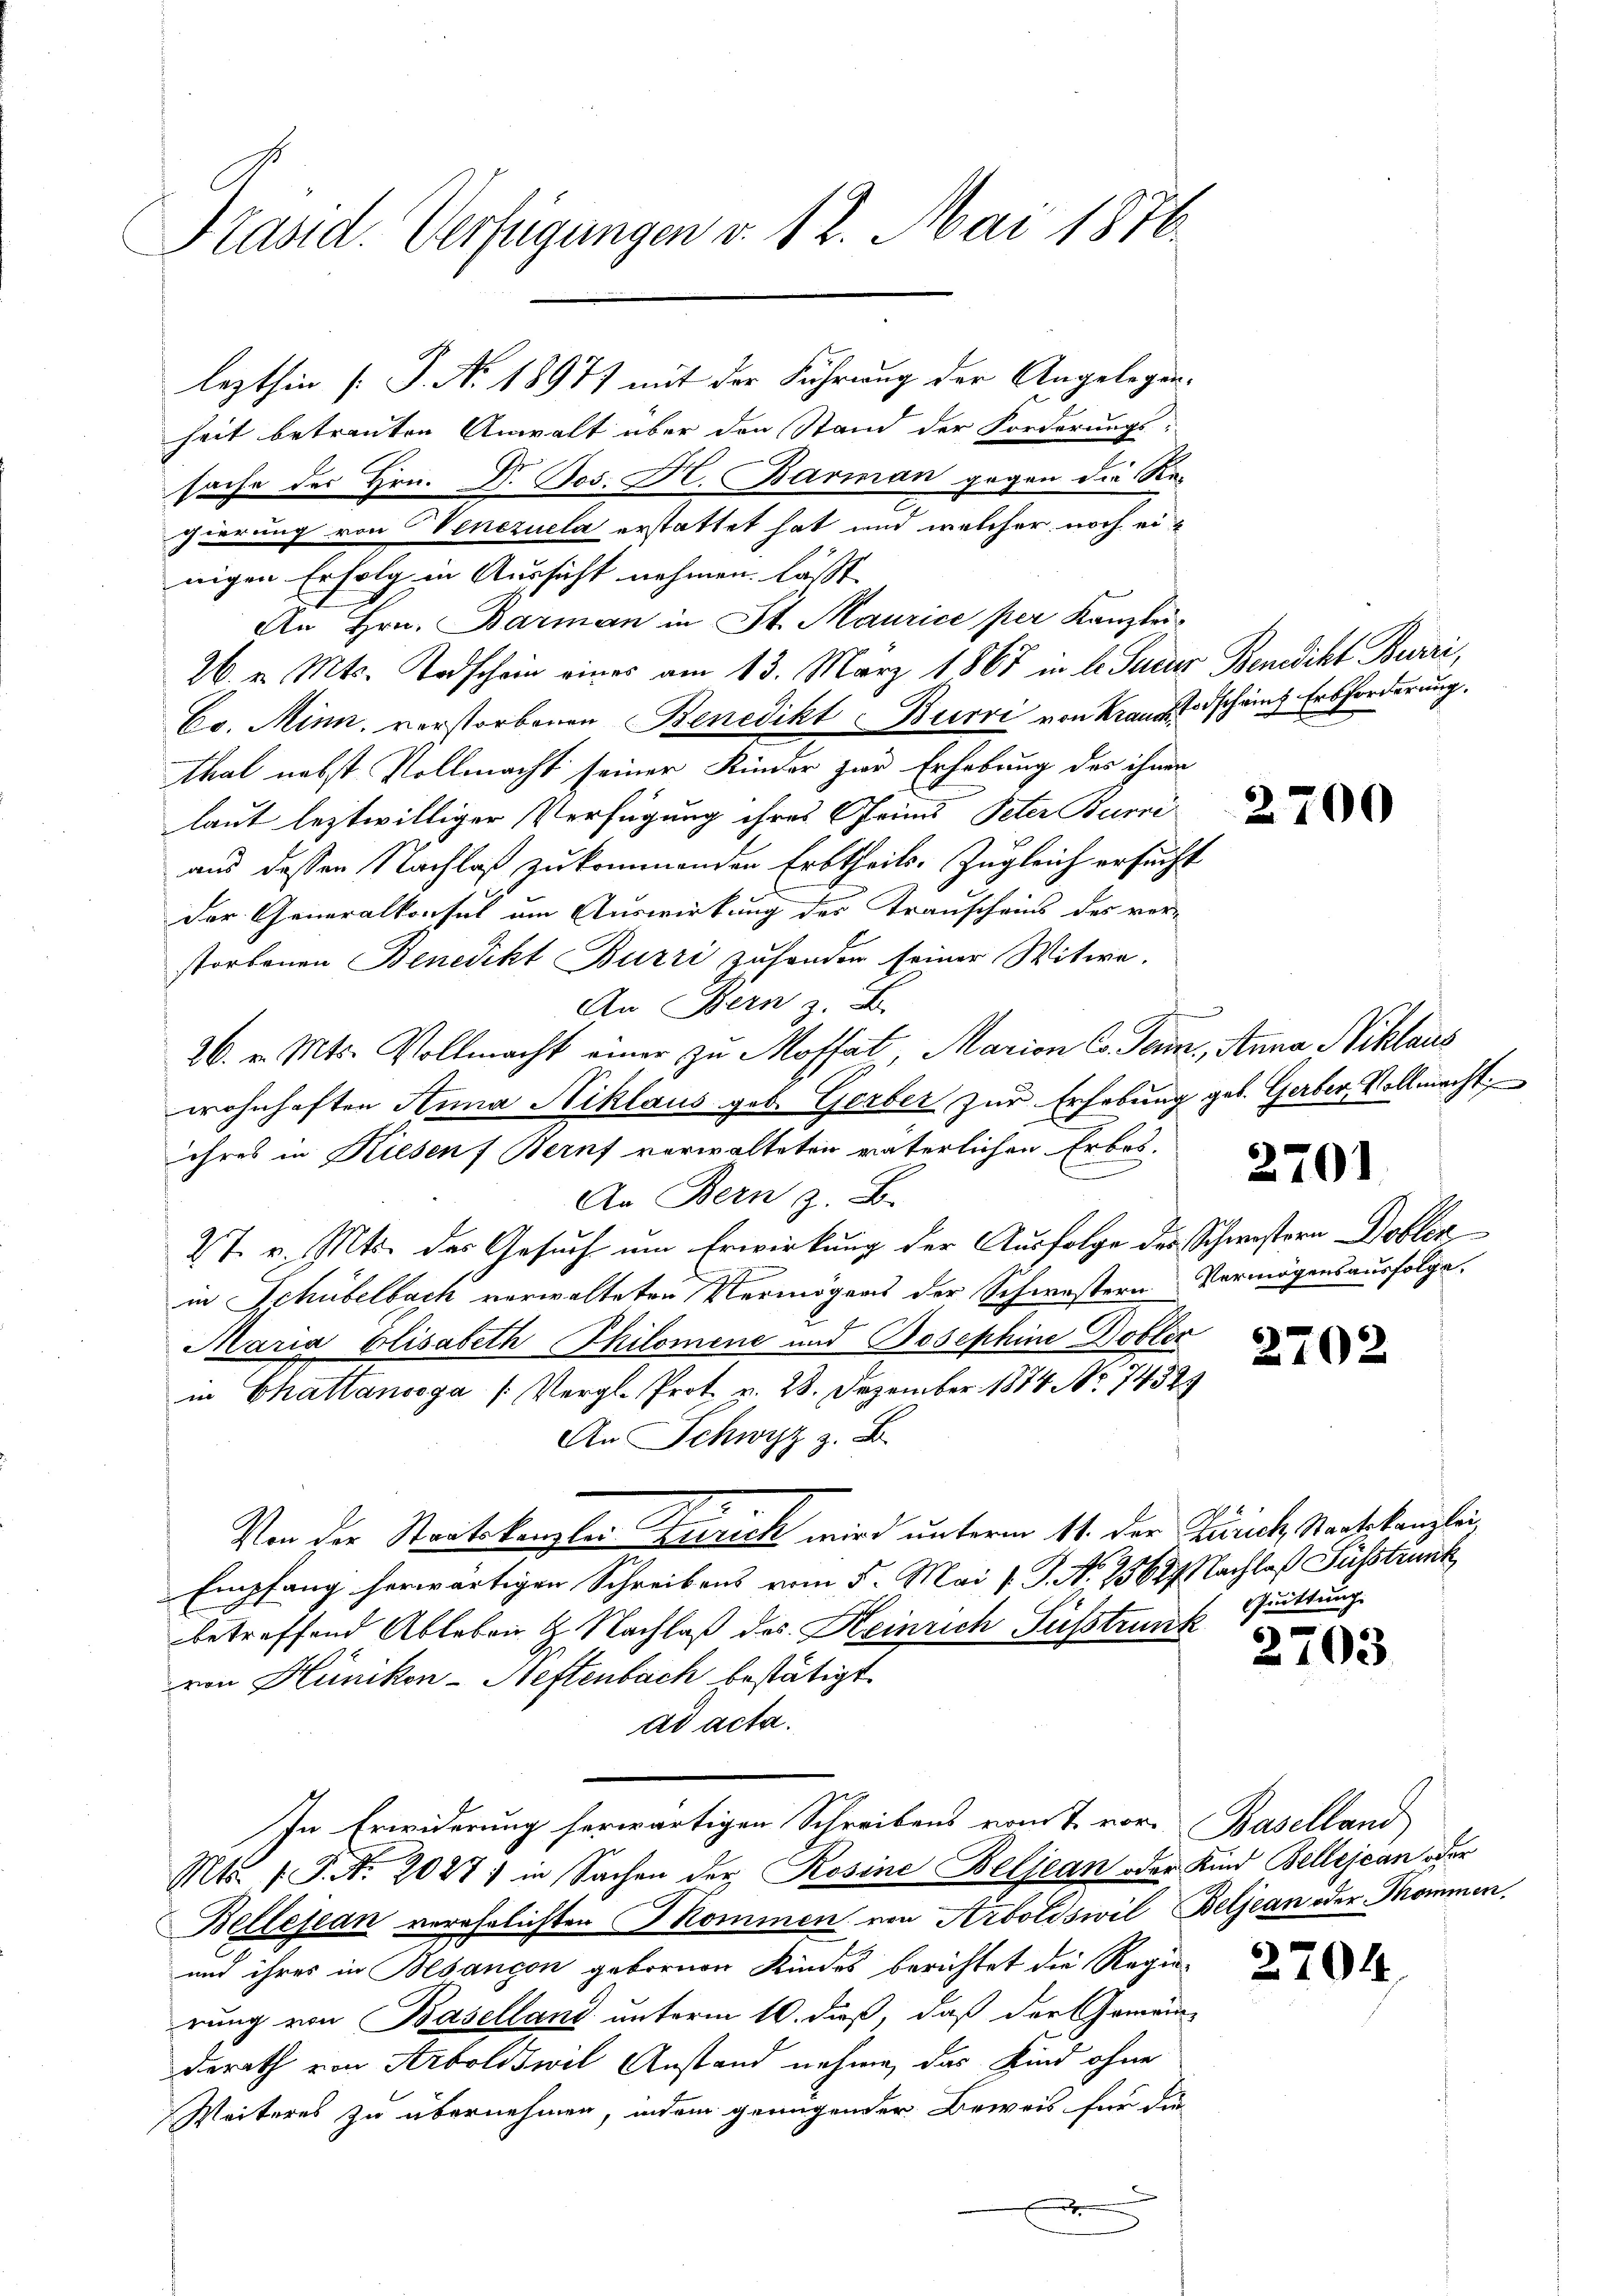
Präsid. Verfügungen v. 12. Mai 1876.

lezthin [S. Ao 18977 mit der Führung der Angelegenheit betreuten Anwalt über den Stand der Forderungs-
sache des Hrn. Dr. Jos. Dr. Barman gegen die Regierung von Venezuela erstattet hat und welcher noch einigen Erfolg in Aussicht nehmen lässt
An Hrn. Barman in St. Maurice per Kanzlei
26. v. Mts. Todschein eines am 13. März 1867 in l. Sacher Benedikt Burri,
Co. Minn, verstorbenen Benedikt Burri von Kraus Todschains Erbforderung.
thal nebst Vollmacht seiner Kinder zur Erhebung des ihnen
laut leztwilliger Verfügung ihres Geins Peter Burri
aus dessen Nachlaß zukommenden Erbtheils. Zugleich ersucht
Der Generalkonsul um Auswirkung des Transcheins des ver-
storbenen Benedikt Burri zusonder seiner Witwe.
An Bern z. B.
26. v. Mts. Vollmacht einer zu Moffat, Marian C. Sein, Anna Niklaus
wohnhaften Anna Niklaus geb. Gerber zur Erhebung geb. Gerber, Vollmacht.
ihres in Kiesen Beruf verwalteten väterlichen Erbos¬
An Bern z. B.
27. v. Mts. der Gesuch um Erwirkung der Ausfolge des Schwistern Dobler
2
in Schübelbach verwalteten Vermögens der Schwestern Vermögensausfolge,
Maria Elisabeth Philomene und Josephine Dobler
in hattanoga (Vergl. Prot. v. 28. Dezember 1874 No 74329
An Schwyz z. B.
Von der Staatskanzlei Zürich wird unterm 14. der Zusick, Staatskanzlei,
Empfang herwärtigen Schreibens vom 5. Mai v. J. N. 25687 Nachlaß Fusstrunk
betreffend Ableben & Nachlaß des Heinrich Fußstrunk
von Hünikon-Heftenbach bestätigt.
ad acta.
In Erwiderung herwärtigen Schreibens vom 7. vor. Baselland
Mts. f. P. Nr. 2027) in Sachen der Rosine Beljean oder Kind Bellejean oder
Bellejean verehelichten Pommen von Arboldswil Beljean oder Thommen.
und ihres in Besançon gebornen Kindes berichtet die Regierung von Baselland unterm 10. dieß, daß der Gemeinderath von Arboldswil Anstand nehme, das Kind ohne
Weiteres zu übernehmen, indem genügender Beweis für die
x

2700

.

2701

2702

Quittung.

2

2.

703

704.